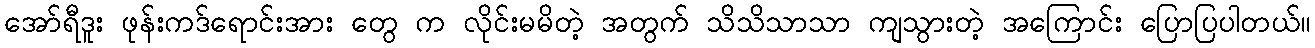
အော်ရီဒူး ဖုန်းကဒ်ရောင်းအား တွေ က လိုင်းမမိတဲ့ အတွက် သိသိသာသာ ကျသွားတဲ့ အကြောင်း ပြောပြပါတယ်။